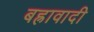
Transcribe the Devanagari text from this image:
बह्रावादी